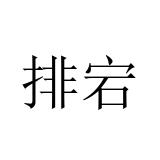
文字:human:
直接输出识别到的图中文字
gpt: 排宕